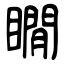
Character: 瞯